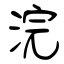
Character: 浣